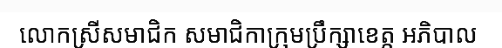
លោកស្រីសមាជិក សមាជិកាក្រុមប្រឹក្សាខេត្ត អភិបាល